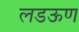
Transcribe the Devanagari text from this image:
लडऊण